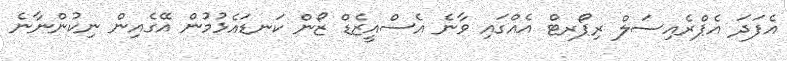
އެފަދަ އެޕްރެއިސަލް ރިޕޯރޓް އެއްގައި ވާނެ އެސްއީޒެޑް ޒޯން ކަނޑައެޅުމުން އޭގެއިން ނިކުންނާނެ